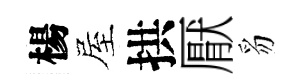
楊屋拱厭豸